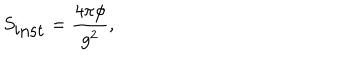
LaTeX: S _ { \mathrm { i n s t } } = \frac { 4 \pi \phi } { g ^ { 2 } } ,